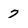
Character: 7